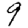
Digit: 9